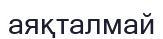
аяқталмай